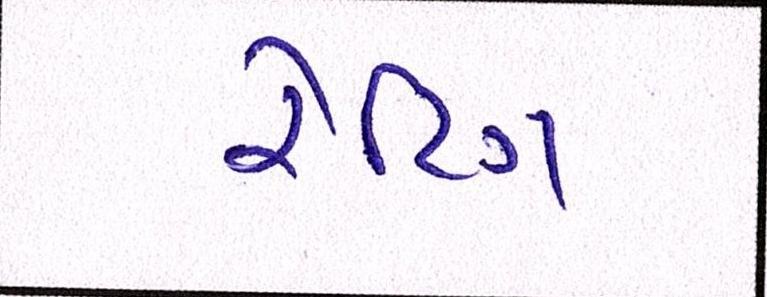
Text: રેટિંગ